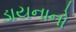
ડાયનાનો